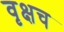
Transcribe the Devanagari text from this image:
वृक्षच